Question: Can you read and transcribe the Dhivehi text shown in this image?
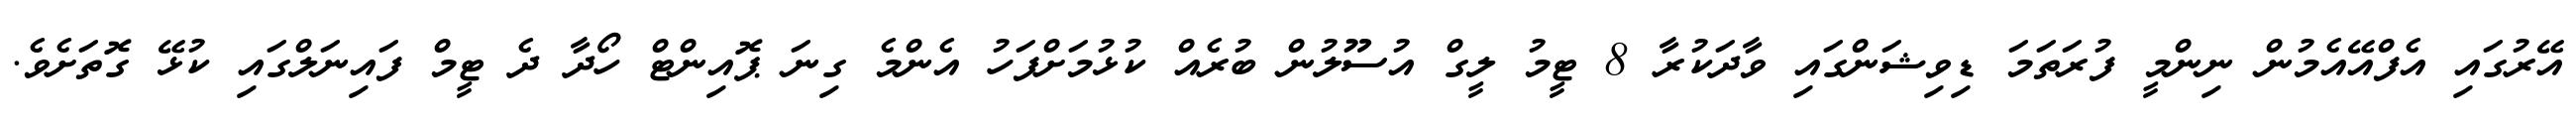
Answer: އޭރުގައި އެފްއޭއެމުން ނިންމީ ފުރަތަމަ ޑިވިޝަންގައި ވާދަކުރާ 8 ޓީމު ލީގް އުސޫލުން ބުރެއް ކުޅުމަށްފަހު އެންމެ ގިނަ ޕޮއިންޓް ހޯދާ ދެ ޓީމް ފައިނަލްގައި ކުޅޭ ގޮތަށެވެ.